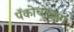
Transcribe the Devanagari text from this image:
पॅकोचोआग